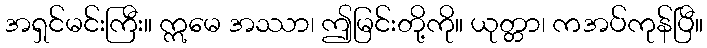
အရှင်မင်းကြီး။ ဣမေ အဿာ၊ ဤမြင်းတို့ကို။ ယုတ္တာ၊ ကအပ်ကုန်ပြီ။